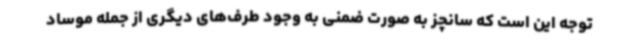
توجه این است که سانچز به صورت ضمنی به وجود طرف‌های دیگری از جمله موساد